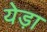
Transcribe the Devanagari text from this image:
येड़ा